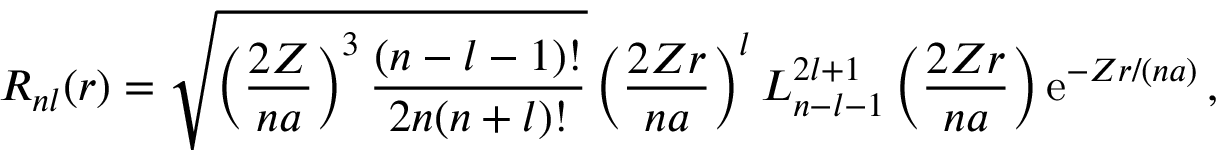
R _ { n l } ( r ) = \sqrt { \left( \frac { 2 Z } { n a } \right) ^ { 3 } \frac { ( n - l - 1 ) ! } { 2 n ( n + l ) ! } } \left( \frac { 2 Z r } { n a } \right) ^ { l } L _ { n - l - 1 } ^ { 2 l + 1 } \left( \frac { 2 Z r } { n a } \right) \mathrm { e } ^ { - Z r / ( n a ) } \, ,